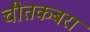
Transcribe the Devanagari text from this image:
चीतकबरा